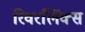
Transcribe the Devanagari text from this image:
रिवरलिंक्स